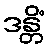
ဒန္တိံ